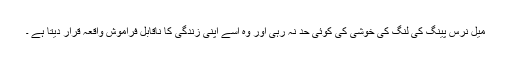
میل نرس پینگ کی لنگ کی خوشی کی کوئی حد نہ رہی اور وہ اسے اپنی زندگی کا ناقابل فراموش واقعہ قرار دیتا ہے ۔